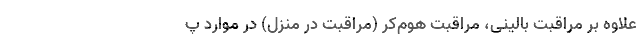
علاوه بر مراقبت بالینی، مراقبت هوم‌کر (مراقبت در منزل) در موارد پ